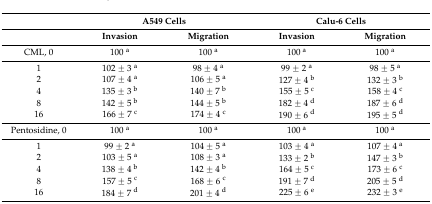
<table><thead><tr><td></td><td colspan="2"><b>A549 Cells</b></td><td colspan="2"><b>Calu-6 Cells</b></td></tr><tr><td></td><td><b>Invasion</b></td><td><b>Migration</b></td><td><b>Invasion</b></td><td><b>Migration</b></td></tr></thead><tbody><tr><td>CML, 0</td><td>100 <sup>a</sup></td><td>100 <sup>a</sup></td><td>100 <sup>a</sup></td><td>100 <sup>a</sup></td></tr><tr><td>1</td><td>102 ± 3 <sup>a</sup></td><td>98 ± 4 <sup>a</sup></td><td>99 ± 2 <sup>a</sup></td><td>98 ± 5 <sup>a</sup></td></tr><tr><td>2</td><td>107 ± 4 <sup>a</sup></td><td>106 ± 5 <sup>a</sup></td><td>127 ± 4 <sup>b</sup></td><td>132 ± 3 <sup>b</sup></td></tr><tr><td>4</td><td>135 ± 3 <sup>b</sup></td><td>140 ± 7 <sup>b</sup></td><td>155 ± 5 <sup>c</sup></td><td>158 ± 4 <sup>c</sup></td></tr><tr><td>8</td><td>142 ± 5 <sup>b</sup></td><td>144 ± 5 <sup>b</sup></td><td>182 ± 4 <sup>d</sup></td><td>187 ± 6 <sup>d</sup></td></tr><tr><td>16</td><td>166 ± 7 <sup>c</sup></td><td>174 ± 4 <sup>c</sup></td><td>190 ± 6 <sup>d</sup></td><td>195 ± 5 <sup>d</sup></td></tr><tr><td>Pentosidine, 0</td><td>100 <sup>a</sup></td><td>100 <sup>a</sup></td><td>100 <sup>a</sup></td><td>100 <sup>a</sup></td></tr><tr><td>1</td><td>99 ± 2 <sup>a</sup></td><td>104 ± 5 <sup>a</sup></td><td>103 ± 4 <sup>a</sup></td><td>107 ± 4 <sup>a</sup></td></tr><tr><td>2</td><td>103 ± 5 <sup>a</sup></td><td>108 ± 3 <sup>a</sup></td><td>133 ± 2 <sup>b</sup></td><td>147 ± 3 <sup>b</sup></td></tr><tr><td>4</td><td>138 ± 4 <sup>b</sup></td><td>142 ± 4 <sup>b</sup></td><td>164 ± 5 <sup>c</sup></td><td>173 ± 6 <sup>c</sup></td></tr><tr><td>8</td><td>157 ± 5 <sup>c</sup></td><td>168 ± 6 <sup>c</sup></td><td>191 ± 7 <sup>d</sup></td><td>205 ± 5 <sup>d</sup></td></tr><tr><td>16</td><td>184 ± 7 <sup>d</sup></td><td>201 ± 4 <sup>d</sup></td><td>225 ± 6 <sup>e</sup></td><td>232 ± 3 <sup>e</sup></td></tr></tbody></table>